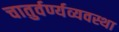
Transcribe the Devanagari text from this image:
चातुर्वर्ण्यव्यवस्था